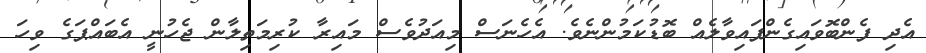
އެދި ފެންބޮވައިގެންފައިވާލެއް ބޮޑުކަމުންނެވެ. އެހެނަސް މިއަދުވެސް މައިރާ ކުރިމަތިލާން ޖެހުނީ އެބައްޕަގެ ވިހަ